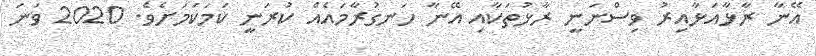
އޭނާ ރާޅާއަޅާއިރު ވިސްނަނީ ރާޅުތަކާއި އޭނާ ހަނގުރާމައެއް ކުރަނީ ކަމަކަމަށެވެ. 2020 ވަނަ